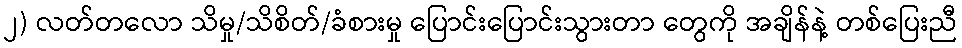
၂) လတ်တလော သိမှု/သိစိတ်/ခံစားမှု ပြောင်းပြောင်းသွားတာ တွေကို အချိန်နဲ့ တစ်ပြေးညီ